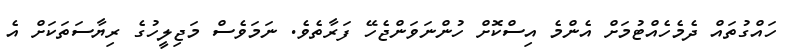
ހައްގުތައް ދެމެހެއްޓުމަށް އެންމެ އިސްކޮށް ހުންނަވަންޖެހޭ ފަރާތެވެ. ނަމަވެސް މަޖިލީހުގެ ރިޔާސަތަކަށް އެ